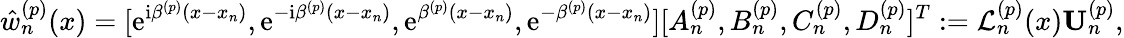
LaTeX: \hat{w}_{n}^{(p)}(x)=[\mathrm{e}^{\mathrm{i}\beta^{(p)}(x-x_{n})},\mathrm{e}^{-\mathrm{i}\beta^{(p)}(x-x_{n})},\mathrm{e}^{\beta^{(p)}(x-x_{n})},\mathrm{e}^{-\beta^{(p)}(x-x_{n})}][A_{n}^{(p)},B_{n}^{(p)},C_{n}^{(p)},D_{n}^{(p)}]^{T}:=\mathcal{L}_{n}^{(p)}(x)\mathbf{U}_{n}^{(p)},